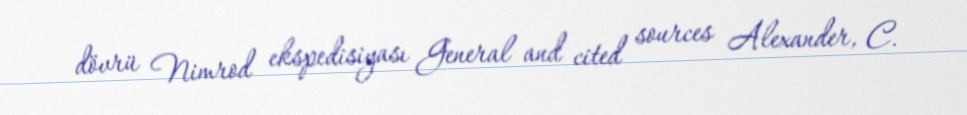
dövrü Nimrod ekspedisiyası General and cited sources Alexander, C.